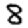
Digit: 8